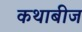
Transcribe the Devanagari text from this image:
कथाबीज